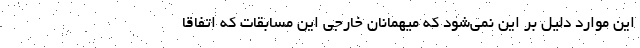
این موارد دلیل بر این نمی‌شود که میهمانان خارجی این مسابقات که اتفاقاً